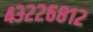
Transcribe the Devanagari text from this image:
४३२२६८१२